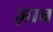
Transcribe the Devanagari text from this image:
ज़ाब